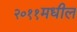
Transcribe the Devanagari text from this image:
२०११मधील